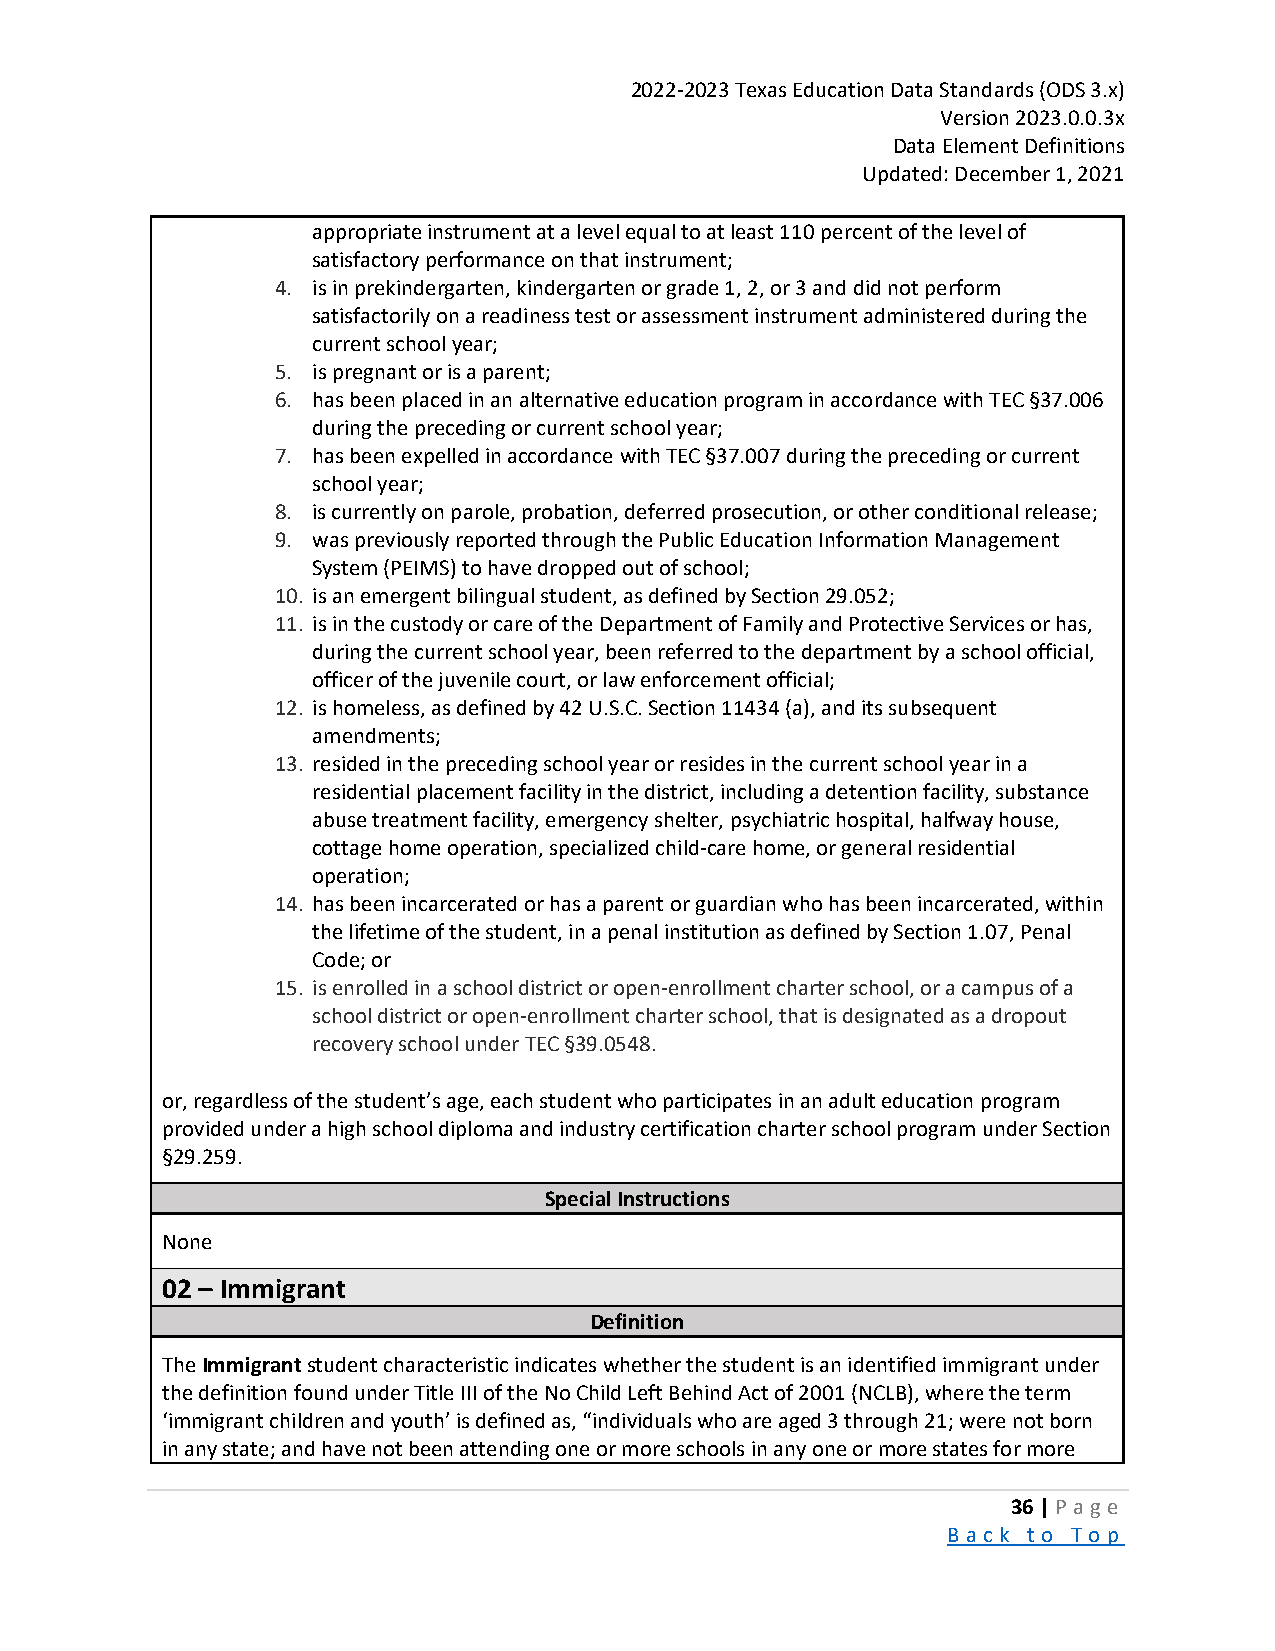
2022-2023 Texas Education Data Standards (ODS 3.x)
 Version 2023.0.0.3x
 Data Element Definitions
 Updated: December 1, 2021
 appropriate instrument at a level equal to at least 110 percent of the level of
 satisfactory performance on that instrument;
 4. is in prekindergarten, kindergarten or grade 1, 2, or 3 and did not perform
 satisfactorily on a readiness test or assessment instrument administered during the
 current school year;
 5. is pregnant or is a parent;
 6. has been placed in an alternative education program in accordance with TEC §37.006
 during the preceding or current school year;
 7. has been expelled in accordance with TEC §37.007 during the preceding or current
 school year;
 8. is currently on parole, probation, deferred prosecution, or other conditional release;
 9. was previously reported through the Public Education Information Management
 System (PEIMS) to have dropped out of school;
 10. is an emergent bilingual student, as defined by Section 29.052;
 11. is in the custody or care of the Department of Family and Protective Services or has,
 during the current school year, been referred to the department by a school official,
 officer of the juvenile court, or law enforcement official;
 12. is homeless, as defined by 42 U.S.C. Section 11434 (a), and its subsequent
 amendments;
 13. resided in the preceding school year or resides in the current school year in a
 residential placement facility in the district, including a detention facility, substance
 abuse treatment facility, emergency shelter, psychiatric hospital, halfway house,
 cottage home operation, specialized child-care home, or general residential
 operation;
 14. has been incarcerated or has a parent or guardian who has been incarcerated, within
 the lifetime of the student, in a penal institution as defined by Section 1.07, Penal
 Code; or
 15. is enrolled in a school district or open-enrollment charter school, or a campus of a
 school district or open-enrollment charter school, that is designated as a dropout
 recovery school under TEC §39.0548.
 or, regardless of the student’s age, each student who participates in an adult education program
 provided under a high school diploma and industry certification charter school program under Section
 §29.259.
 Special Instructions
 None
 02 – Immigrant
 Definition
 The Immigrant student characteristic indicates whether the student is an identified immigrant under
 the definition found under Title III of the No Child Left Behind Act of 2001 (NCLB), where the term
 ‘immigrant children and youth’ is defined as, “individuals who are aged 3 through 21; were not born
 in any state; and have not been attending one or more schools in any one or more states for more
 36 | P a ge
 B a ck to To p